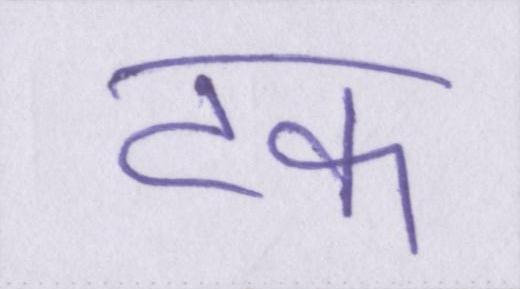
टक